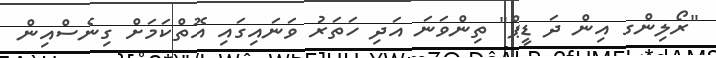
"ރޯލިންގ އިން ދަ ޑީޕް" ތިންވަނަ އަދި ހަތަރު ވަނައިގައި އޮތްކަމަށް ގިނެސްއިން